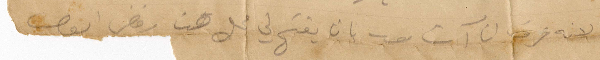
لانه عرف انا آت معه بان يفتح لي محل هنا رفض أيوب